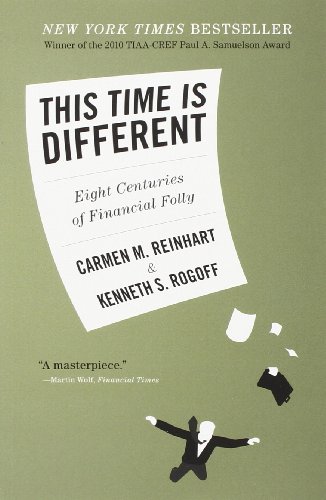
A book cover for This Time Is Different: Eight Centuries of Financial Folly; Carmen M. Reinhart; Business & Money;